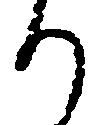
り